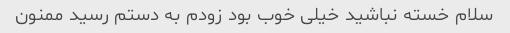
سلام خسته نباشید خیلی خوب بود زودم به دستم رسید ممنون